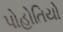
પોહોતિયો